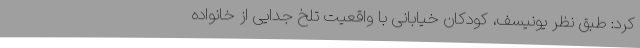
کرد: طبق نظر یونیسف، کودکان خیابانی با واقعیت تلخ جدایی از خانواده